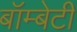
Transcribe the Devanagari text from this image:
बॉम्बेटी